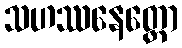
သဟဿနေတ္တော